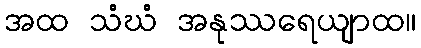
အထ သံဃံ အနုဿရေယျာထ။